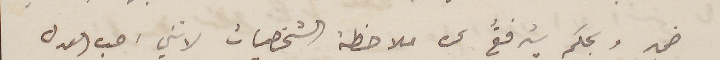
ضمير وبحكم يترفعُ عن ملاحظة الشخصيات لانني احب العدل